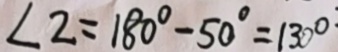
\angle 2 = 1 8 0 ^ { \circ } - 5 0 ^ { \circ } = 1 3 0 ^ { \circ }